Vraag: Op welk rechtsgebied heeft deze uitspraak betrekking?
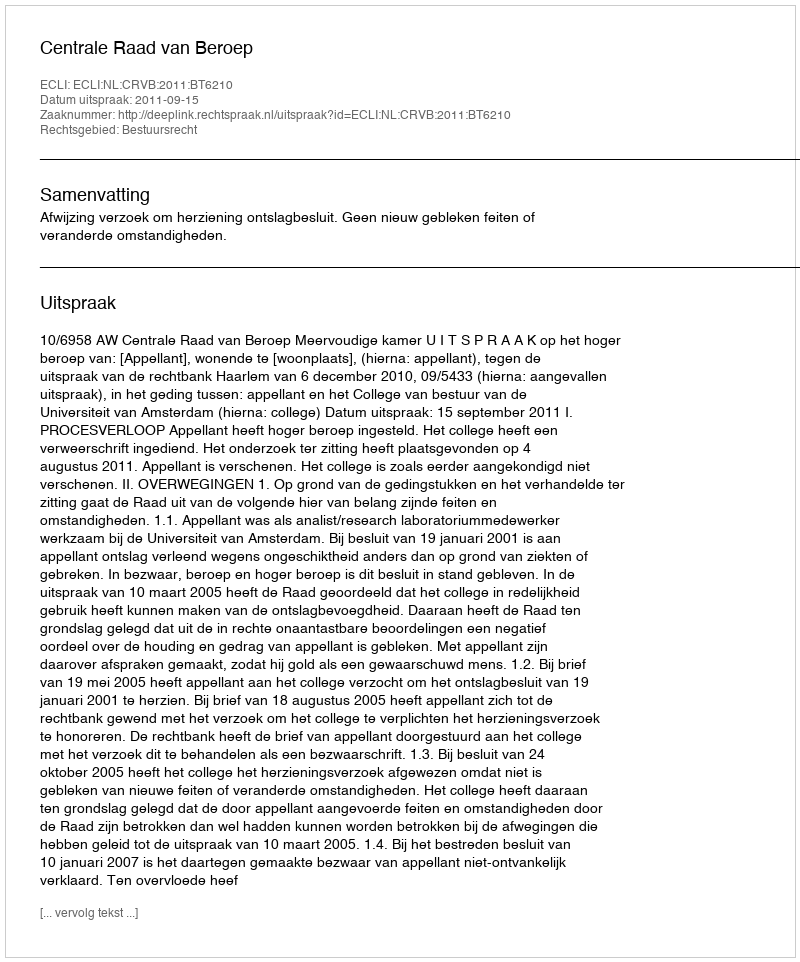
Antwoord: Bestuursrecht